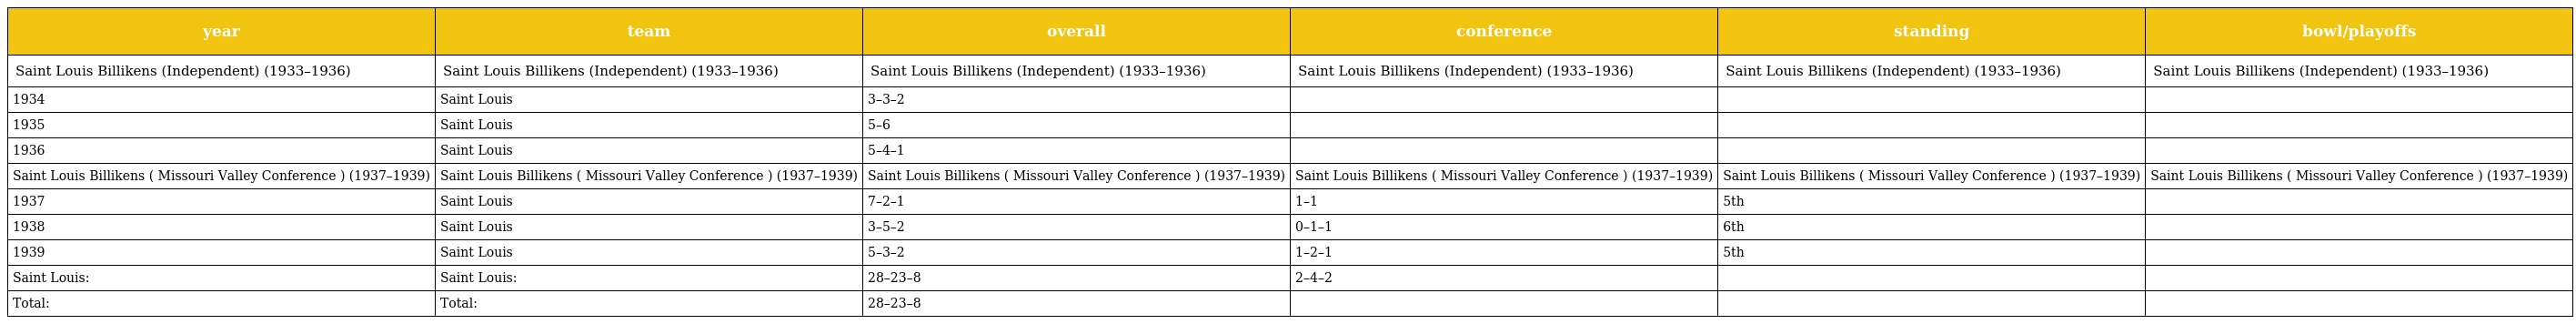
| year | team | overall | conference | standing | bowl/playoffs |
 | --- | --- | --- | --- | --- | --- |
 | Saint Louis Billikens (Independent) (1933–1936) | Saint Louis Billikens (Independent) (1933–1936) | Saint Louis Billikens (Independent) (1933–1936) | Saint Louis Billikens (Independent) (1933–1936) | Saint Louis Billikens (Independent) (1933–1936) | Saint Louis Billikens (Independent) (1933–1936) |
 | 1934 | Saint Louis | 3–3–2 |  |  |  |
 | 1935 | Saint Louis | 5–6 |  |  |  |
 | 1936 | Saint Louis | 5–4–1 |  |  |  |
 | Saint Louis Billikens ( Missouri Valley Conference ) (1937–1939) | Saint Louis Billikens ( Missouri Valley Conference ) (1937–1939) | Saint Louis Billikens ( Missouri Valley Conference ) (1937–1939) | Saint Louis Billikens ( Missouri Valley Conference ) (1937–1939) | Saint Louis Billikens ( Missouri Valley Conference ) (1937–1939) | Saint Louis Billikens ( Missouri Valley Conference ) (1937–1939) |
 | 1937 | Saint Louis | 7–2–1 | 1–1 | 5th |  |
 | 1938 | Saint Louis | 3–5–2 | 0–1–1 | 6th |  |
 | 1939 | Saint Louis | 5–3–2 | 1–2–1 | 5th |  |
 | Saint Louis: | Saint Louis: | 28–23–8 | 2–4–2 |  |  |
 | Total: | Total: | 28–23–8 |  |  |  |